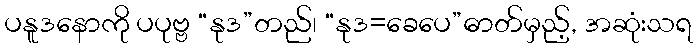
ပနူဒနောကို ပပုဗ္ဗ “နုဒ”တည်၊ “နုဒ=ခေပေ”ဓာတ်မှည့်, အဆုံးသရ